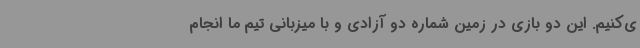
ی‌کنیم. این دو بازی در زمین شماره دو آزادی و با میزبانی تیم ما انجام